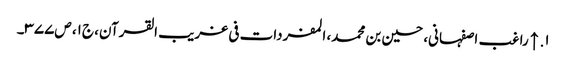
۱. ↑ راغب اصفہانی، حسین بن محمد، المفردات فی غریب القرآن، ج۱، ص۳۷۷۔